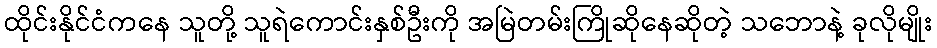
ထိုင်းနိုင်ငံကနေ သူတို့ သူရဲကောင်းနှစ်ဦးကို အမြဲတမ်းကြိုဆိုနေဆိုတဲ့ သဘောနဲ့ ခုလိုမျိုး